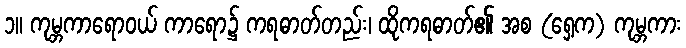
၁။ ကုမ္ဘကာရောဝယ် ကာရော၌ ကရဓာတ်တည်း၊ ထိုကရဓာတ်၏ အစ (ရှေ့က) ကုမ္ဘကား